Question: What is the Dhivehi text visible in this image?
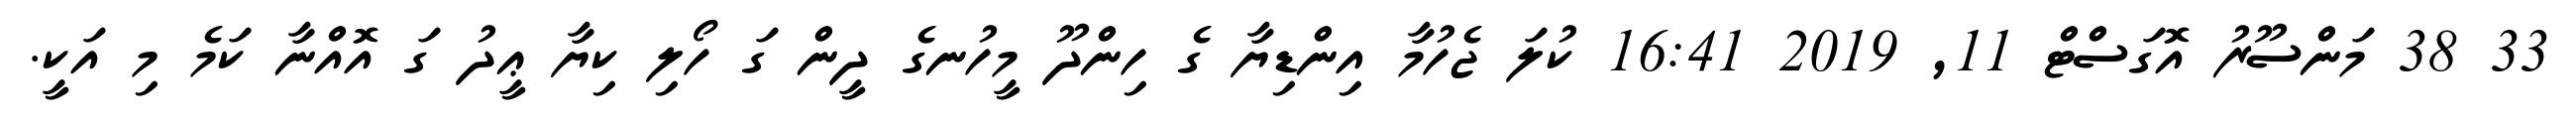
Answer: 33 38 މަންސޫރު އޮގަސްޓް 11, 2019 16:41 ކުލަ ޖެހުމާ އިންޑިޔާ ގެ ހިންދޫ މީހުނގެ ދީން ގަ ހޯލި ކިޔާ ޢީދު ގަ އޮއްނާ ކަމެ މި އަކީ.